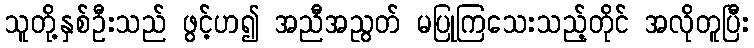
သူတို့နှစ်ဦးသည် ဖွင့်ဟ၍ အညီအညွတ် မပြုကြသေးသည့်တိုင် အလိုတူပြီး